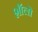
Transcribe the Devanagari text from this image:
शॉलो